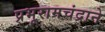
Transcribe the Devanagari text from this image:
प्रभूरामचंद्राने